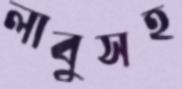
লাবুসহ